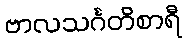
ဗာလသင်္ဂတိစာရီ